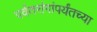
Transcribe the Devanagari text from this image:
पर्वतरांगांपर्यंतच्या